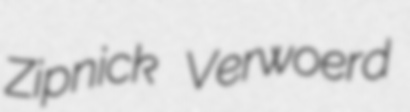
Zipnick Verwoerd